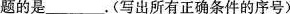
题的是______。(写出所有正确条件的序号)